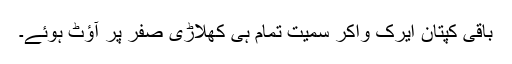
باقی کپتان ایرک واکر سمیت تمام ہی کھلاڑی صفر پر آؤٹ ہوئے۔